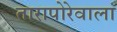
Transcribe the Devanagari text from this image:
तारापोरेवाला